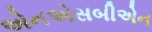
એનએસબીએન